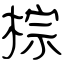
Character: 棕